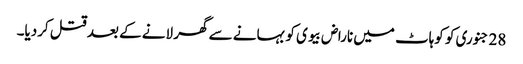
28 جنوری کو کوہاٹ میں ناراض بیوی کو بہانے سے گھر لانے کے بعد قتل کردیا۔